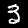
Digit: 3